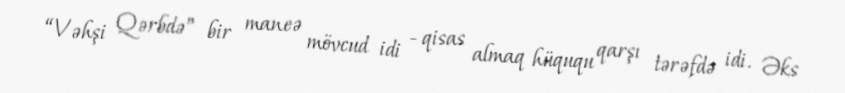
“Vəhşi Qərbdə” bir maneə mövcud idi - qisas almaq hüququ qarşı tərəfdə idi. Əks